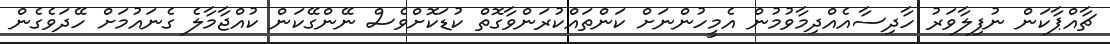
ޗާއްޕާކަން ނުފިލާވަރު ހާދިސާއެއްދިމާވުމުން އެމީހުންނަށް ކަންތައްކުރަންވާގޮތް ކުޑަކޮށްވެސް ނޭންގޭކަން ކުއްޖާމާލެ ގެނައުމަށް ހޭދަވެގެން